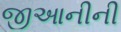
જીઆનીની